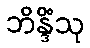
ဘိန္ဒိံသု